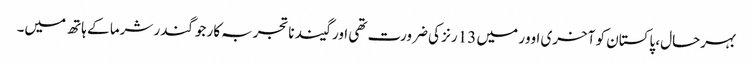
بہرحال، پاکستان کو آخری اوور میں 13 رنز کی ضرورت تھی اور گیند ناتجربہ کار جوگندر شرما کے ہاتھ میں۔